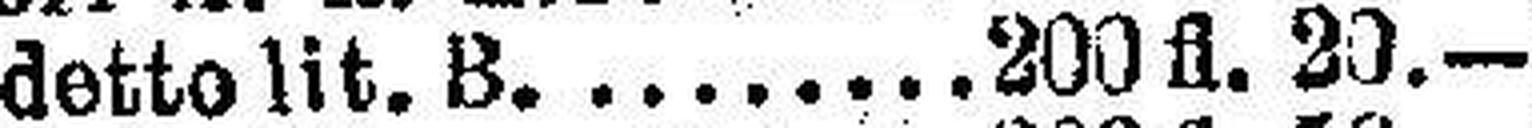
detto lit. B. 200 fl. 20.—